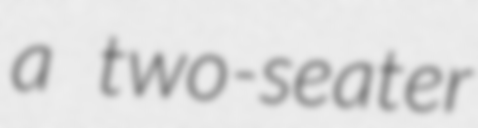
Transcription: a two-seater